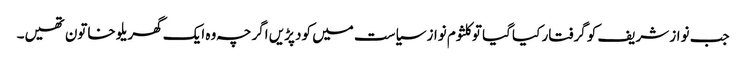
جب نواز شریف کو گرفتار کیا گیا تو کلثوم نواز سیاست میں کود پڑیں اگرچہ وہ ایک گھریلو خاتون تھیں۔